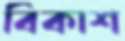
বিকাশ